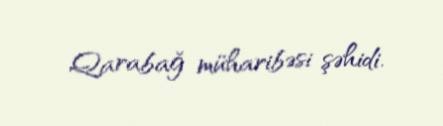
Qarabağ müharibəsi şəhidi.